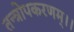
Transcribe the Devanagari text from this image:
तन्त्रोपकरणम्।।